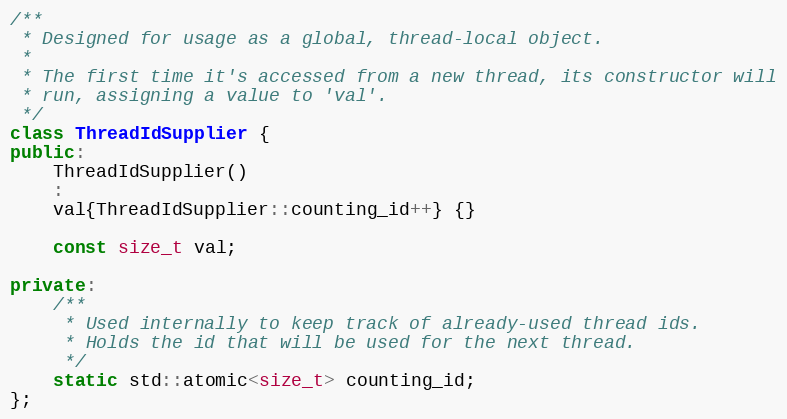
Language: C++
/**
 * Designed for usage as a global, thread-local object.
 *
 * The first time it's accessed from a new thread, its constructor will
 * run, assigning a value to 'val'.
 */
class ThreadIdSupplier {
public:
	ThreadIdSupplier()
	:
	val{ThreadIdSupplier::counting_id++} {}

	const size_t val;

private:
	/**
	 * Used internally to keep track of already-used thread ids.
	 * Holds the id that will be used for the next thread.
	 */
	static std::atomic<size_t> counting_id;
};